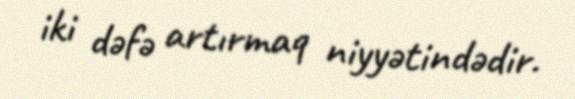
iki dəfə artırmaq niyyətindədir.